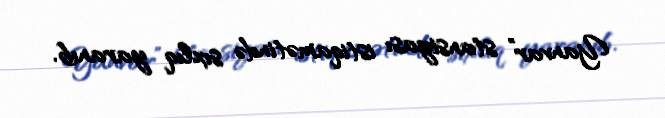
Yanvar” stansiyası istiqamətində sıxlıq yaranıb.